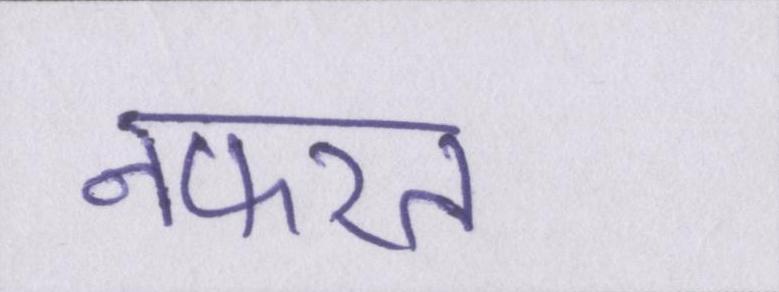
नफरत